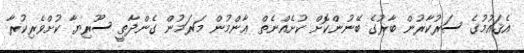
އެޤައުމުގެ ސަރުކާރުން ބާރުގެ ބޭނުންކޮށް ކުށެއްނެތް ޢާންމުން މަރަމުން ގެންދާތީ ސޫރިޔާ ކުށްވެރިކުރާ